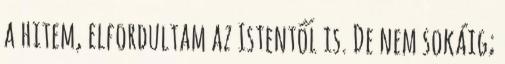
a hitem, elfordultam az Istentől is. De nem sokáig;